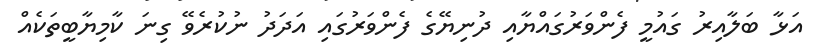
އަޅާ ބަލާއިރު ގައުމީ ފެންވަރުގައްޔާއި ދުނިޔޭގެ ފެންވަރުގައި އަދަދު ނުކުރެވޭ ގިނަ ކާމިޔާބީތަކެއް